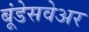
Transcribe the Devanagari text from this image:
बूंडेसवेअर